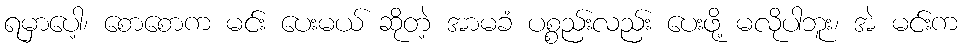
ရမှာပေါ့၊ စောစောက မင်း ပေးမယ် ဆိုတဲ့ အာမခံ ပစ္စည်းလည်း ပေးဖို့ မလိုပါဘူး၊ အဲ မင်းက